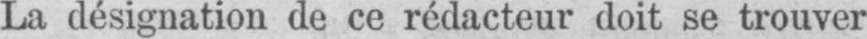
La désignation de ce rédacteur doit se trouver